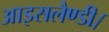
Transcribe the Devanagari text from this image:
आइसलैण्डी।